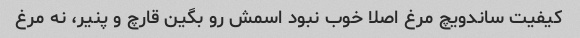
کیفیت ساندویچ مرغ اصلا خوب نبود اسمش رو بگین قارچ و پنیر، نه مرغ